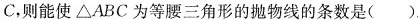
C，则能使△ABC为等腰三角形的抛物线的条数是()。